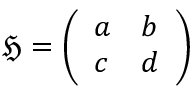
\, { \mathfrak { H } } = { \left( \begin{array} { l l } { a } & { b } \\ { c } & { d } \end{array} \right) }